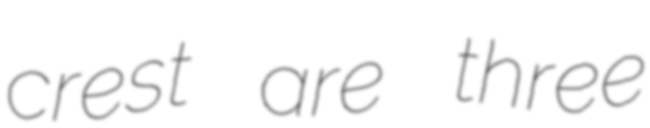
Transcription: crest are three